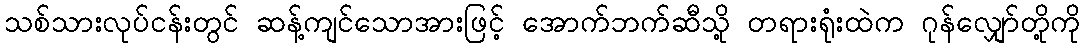
သစ်သားလုပ်ငန်းတွင် ဆန့်ကျင်သောအားဖြင့် အောက်ဘက်ဆီသို့ တရားရုံးထဲက ဂုန်လျှော်တို့ကို